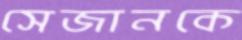
সেজানকে